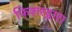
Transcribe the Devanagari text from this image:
फिशरद्वारा